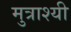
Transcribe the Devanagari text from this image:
मुत्राश्यी